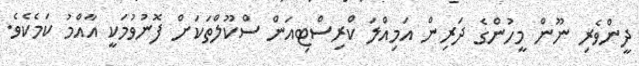
ދީންވެރި ނޫން މީހުންގެ ދަރިން އަމިއްލަ ކްރިސްޓިއަން ސްކޫލްތަކަށް ފޮނުވުމަކީ އާއްމު ކަމެކެވެ.